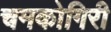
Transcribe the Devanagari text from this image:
चमकोगिरी